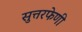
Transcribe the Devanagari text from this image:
सुत्तरफेणी